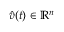
\ensuremath { \hat { v } } ( t ) \in \ensuremath { \mathbb { R } } ^ { n }